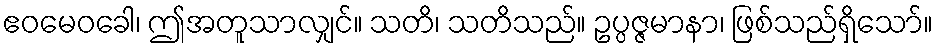
ဧဝမေဝခေါ၊ ဤအတူသာလျှင်။ သတိ၊ သတိသည်။ ဥပ္ပဇ္ဇမာနာ၊ ဖြစ်သည်ရှိသော်။